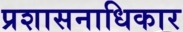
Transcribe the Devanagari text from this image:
प्रशासनाधिकार